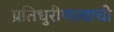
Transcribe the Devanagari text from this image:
प्रतिधुरीणत्वाची